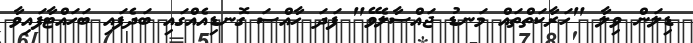
ޑިލަން ވިލާ "ހަރާކަތްތައް މަނޑު ޖައްސާލެވޭ" ފަދަ ހާއްސަ ގޮނޑިއެއްގައި ބަދެފައި ބަހައްޓާފައިވާ